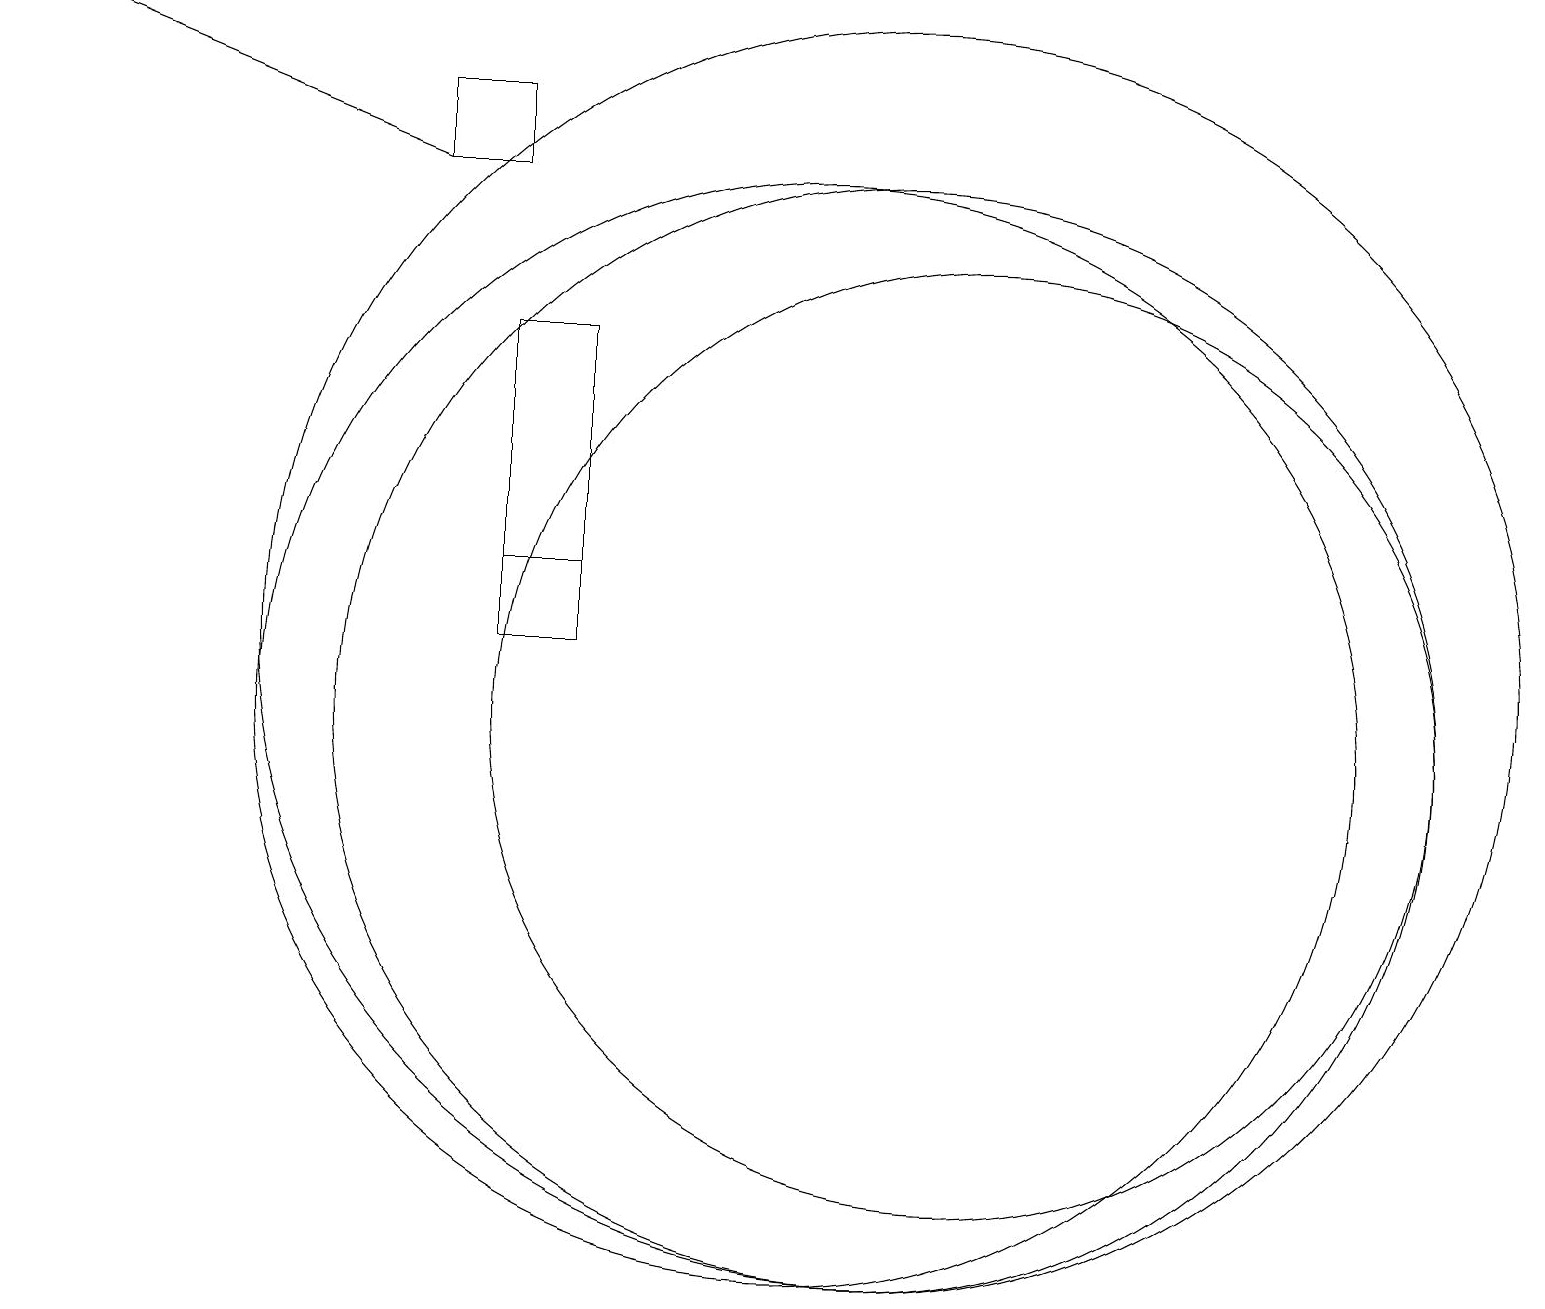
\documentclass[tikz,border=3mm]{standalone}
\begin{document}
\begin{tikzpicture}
\draw (10,10) circle (7);
\draw (11,11) circle (8);
\draw (5,18) rectangle (6,17);
\draw (7,12) rectangle (6,12);
\draw (12,10) circle (6);
\draw[->] (5,17) -- (0,19);
\draw (6,15) rectangle (7,11);
\draw (11,10) circle (7);
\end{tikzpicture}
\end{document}